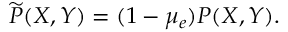
\widetilde { P } ( X , Y ) = ( 1 - \mu _ { e } ) P ( X , Y ) .